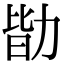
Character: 勓